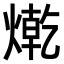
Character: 𤍯